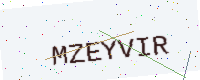
Text: MZEYVIR